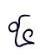
៥